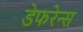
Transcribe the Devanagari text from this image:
डेफरेन्स